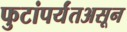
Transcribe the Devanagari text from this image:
फुटांपर्यंतअसून